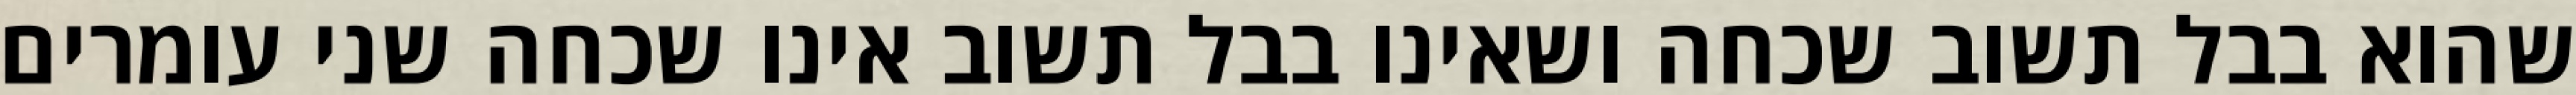
שהוא בבל תשוב שכחה ושאינו בבל תשוב אינו שכחה שני עומרים